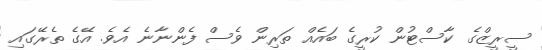
ސީރީޒްގެ ކާސްޓުން ކުރީގެ ބައެއް ތަރިން ވެސް ފެންނާނެ އެވެ. އޭގެ ތެރޭގައި